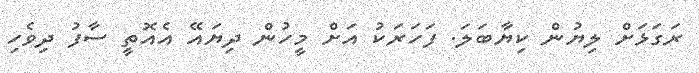
ރަގަޅަށް ލިޔުން ކިޔާބަލަ. ފަހަރަކު އަށް މީހުން ދިޔައޭ އެއޮތީ ސާފު ދިވެހި